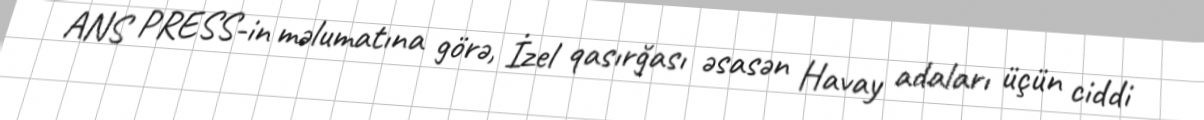
ANS PRESS-in məlumatına görə, İzel qasırğası əsasən Havay adaları üçün ciddi